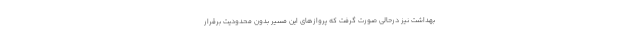
بهداشت نیز درحالی صورت گرفت که پروازهای این مسیر بدون محدودیت برقرار